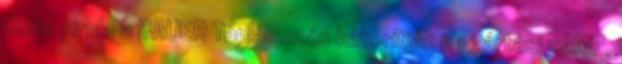
diéta pirula a BAUER Táplálkozás bátorítják a gyártási cAMP,